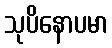
သုပိနောပမာ